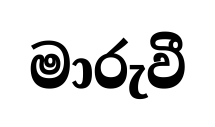
මාරුවී